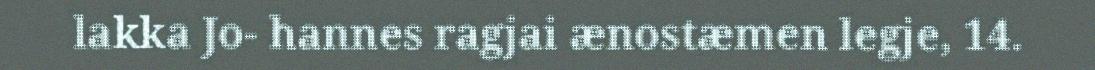
lakka Jo- hannes ragjai ænostæmen legje, 14.